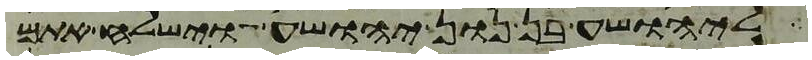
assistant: ליהושע בן נון יהושע וישלח אתם